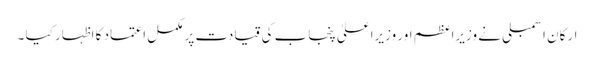
ارکان اسمبلی نے وزیراعظم اور وزیراعلیٰ پنجاب کی قیادت پر مکمل اعتماد کا اظہار کیا ۔